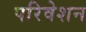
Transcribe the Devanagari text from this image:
परिवेशन